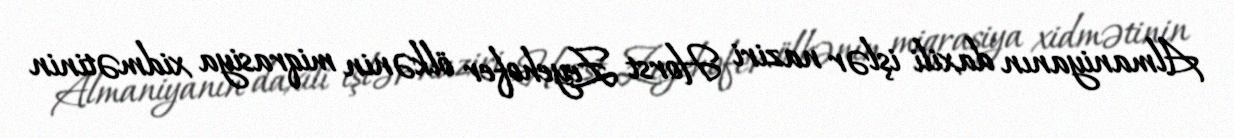
Almaniyanın daxili işlər naziri Horst Zeyehofer ölkənin miqrasiya xidmətinin